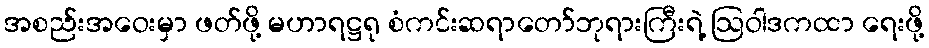
အစည်းအဝေးမှာ ဖတ်ဖို့ မဟာရဋ္ဌရု စံကင်းဆရာတော်ဘုရားကြီးရဲ့ ဩဝါဒကထာ ရေးဖို့